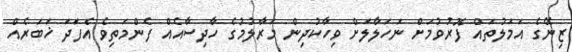
ޒިނޭގެ އަމަލުތައް ފޮރުވުމަށް ނަހަލާލަށް ވިހާކުދިން މަރާލުމުގެ ހާދިސާއެއް ފެންމަތިވެ އެފަދަ ޚަބަރެއް